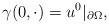
\begin{align*} \gamma(0, \cdot) = u^{0}|_{\partial \Omega}, \end{align*}